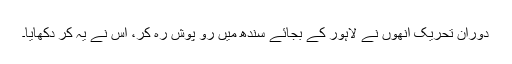
دوران تحریک انھوں نے لاہور کے بجائے سندھ میں رو پوش رہ کر، اس نے یہ کر دکھایا۔